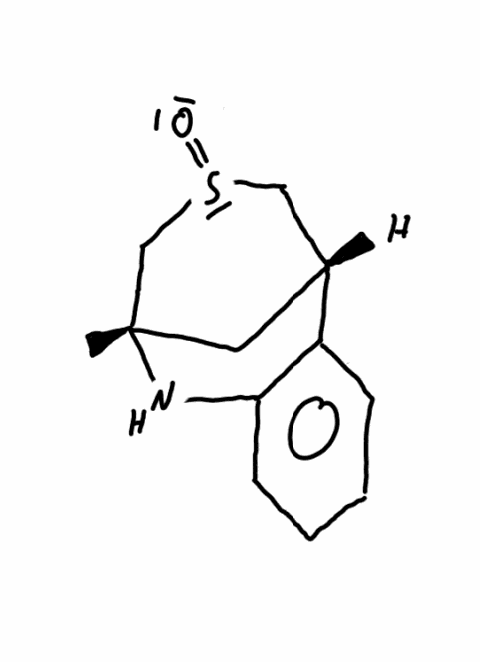
Simplified molecular-input line-entry system (SMILES) notation of the given molecule:
C[C@]12C[C@H](CS(=O)C1)C3=CC=CC=C3N2